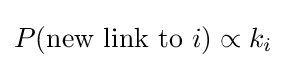
P(\mathrm {new\ link\ to\ } i)\propto k_{i}